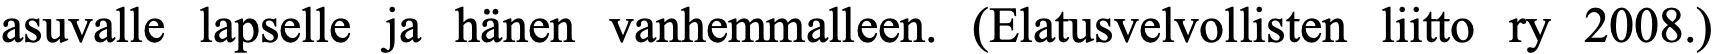
asuvalle lapselle ja hänen vanhemmalleen. (Elatusvelvollisten liitto ry 2008.)